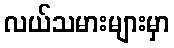
လယ်သမားများမှာ